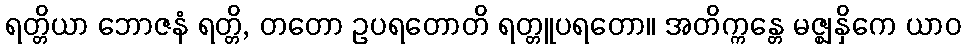
ရတ္တိယာ ဘောဇနံ ရတ္တိ, တတော ဥပရတောတိ ရတ္တူပရတော။ အတိက္ကန္တေ မဇ္ဈနှိကေ ယာဝ